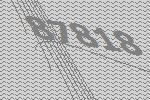
87818